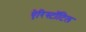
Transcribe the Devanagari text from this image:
ऐरिस्टॉटिल